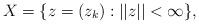
LaTeX: \begin{align*}X=\{z=(z_k): ||z|| <\infty\},\end{align*}